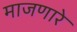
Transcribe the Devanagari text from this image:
माजणारे